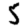
Digit: 5